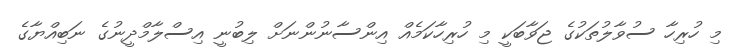
މި ހުރިހާ ސުވާލުތަކުގެ ޖަވާބަކީ މި ހުރިހާކަމެއް އިންސާނުންނަށް ލިބުނީ އިސްލާމްދީނުގެ ނަބިއްޔާގެ